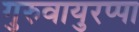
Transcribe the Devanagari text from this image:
गुरुवायुरप्पा